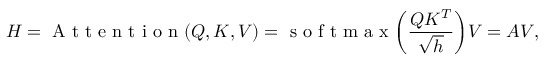
H = \mathrm { ~ A ~ t ~ t ~ e ~ n ~ t ~ i ~ o ~ n ~ } ( Q , K , V ) = \mathrm { ~ s ~ o ~ f ~ t ~ m ~ a ~ x ~ } \bigg ( \frac { Q K ^ { T } } { \sqrt { h } } \bigg ) V = A V ,